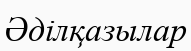
Әділқазылар